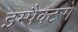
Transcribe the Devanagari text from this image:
इम्पैक्टरों